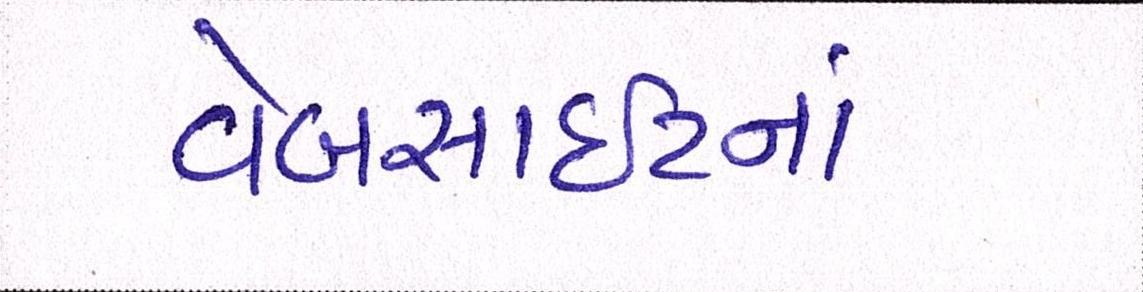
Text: વેબસાઈટનાં